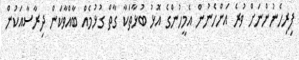
ފިރިހެނުންނަށް ވުރެ އަންހެނުން އެމީހުންގެ އޮޅު ބުޅާތަކާ ގާތް ގުޅުމެއް ބާއްވާކަން ދިރާސާއަކުން